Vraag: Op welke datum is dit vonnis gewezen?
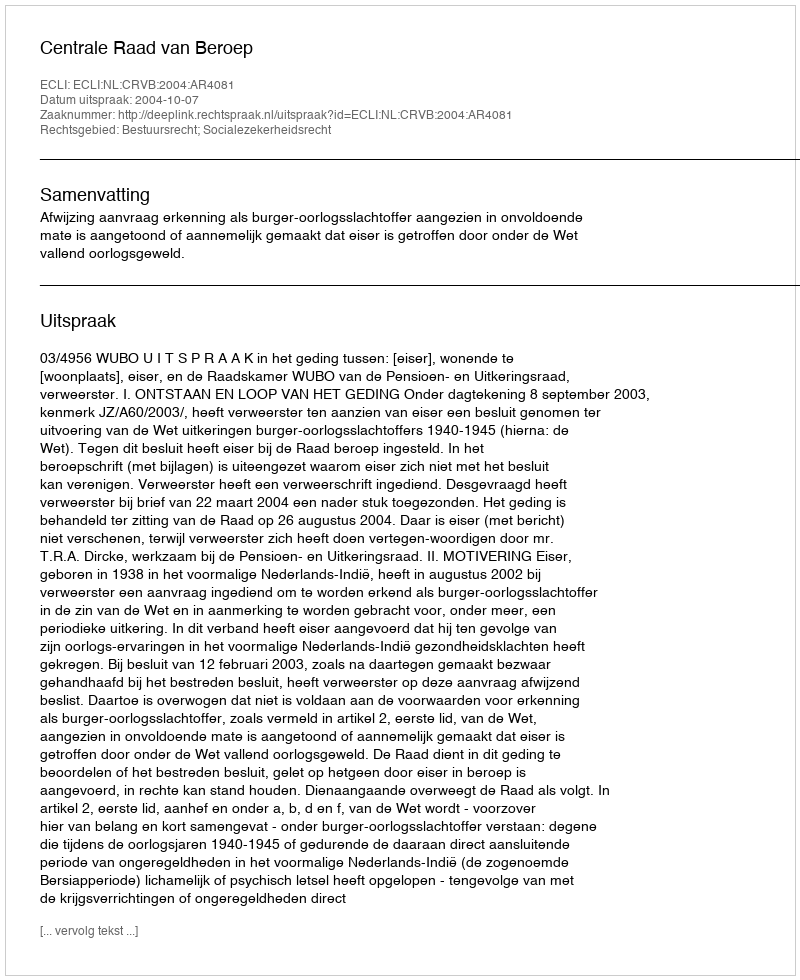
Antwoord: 2004-10-07